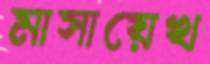
মাসায়েখ